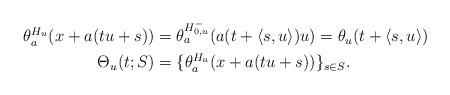
\begin{align*}\theta_a^{H_u}(x + a(tu +s)){}&=\theta^{H_{0,u}^-}_a(a(t+\langle s, u\rangle)u) = \theta_u(t+\langle s,u \rangle)\\\Theta_u(t;S){}&= \{\theta_a^{H_u}(x+a(tu+s))\}_{s\in S}.\end{align*}